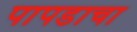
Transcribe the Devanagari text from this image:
पापडाचा